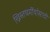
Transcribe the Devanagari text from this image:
ख्रिस्तधर्मीयांसाठी